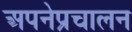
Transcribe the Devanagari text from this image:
अपनेप्रचालन